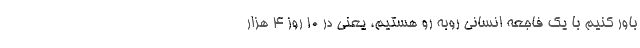
باور کنیم با یک فاجعه انسانی روبه رو هستیم، یعنی در ‌۱۰ روز ۴ هزار